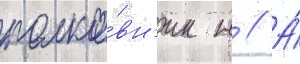
полко́вн'ик н // А́